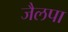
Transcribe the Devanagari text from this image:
जैलपा